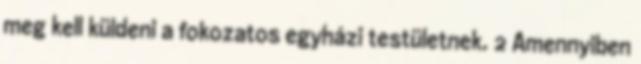
meg kell küldeni a fokozatos egyházi testületnek. 2 Amennyiben